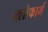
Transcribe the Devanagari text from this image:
क्लोफार्म